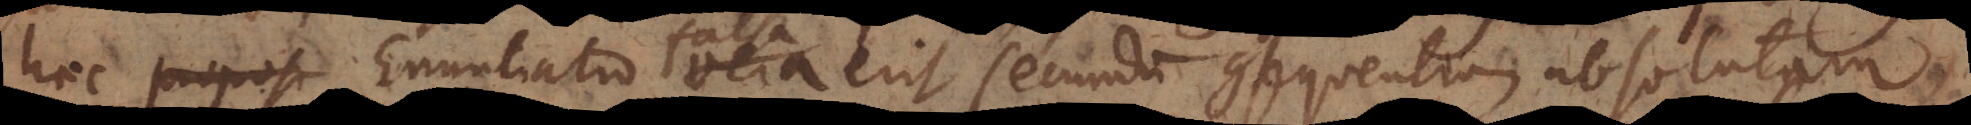
Haec proposi Enuntiatio vera erit secundum consequentiam absol